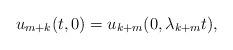
LaTeX: \begin{align*}u_{m+k}(t, 0) = u_{k+m}(0, \lambda_{k+m} t),\end{align*}